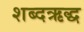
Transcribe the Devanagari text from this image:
शब्दऋद्ध